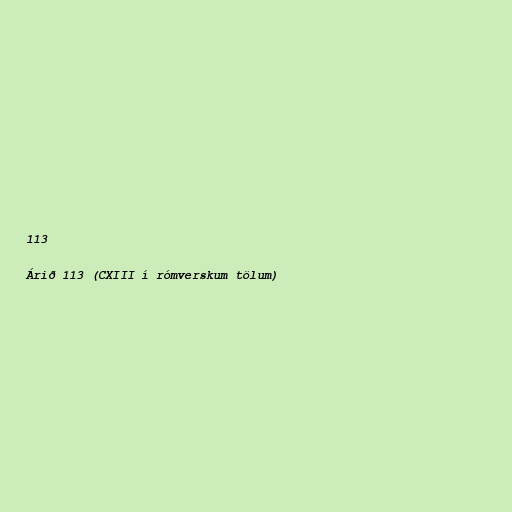
113

Árið 113 (CXIII í rómverskum tölum)